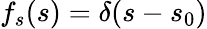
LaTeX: f_{s}(s)=\delta(s-s_{0})